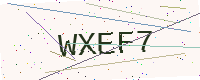
Text: WXEF7